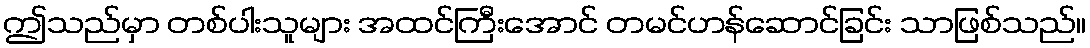
ဤသည်မှာ တစ်ပါးသူများ အထင်ကြီးအောင် တမင်ဟန်ဆောင်ခြင်း သာဖြစ်သည်။